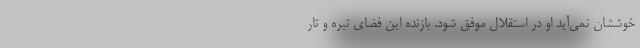
خوششان نمی‌آید او در استقلال موفق شود. بازنده این فضای تیره و تار